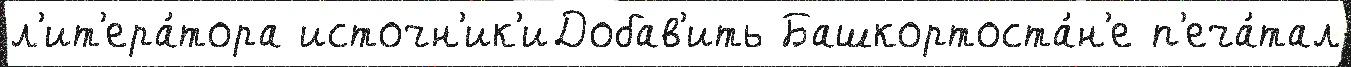
л'ит'ера́тора источн'ик'иДобав'ить Башкортоста́н'е п'еча́тал